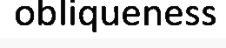
obliqueness